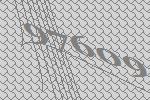
97609